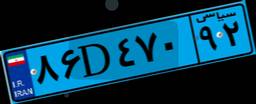
۰۶D۳۱۹۷۸